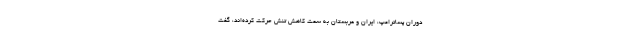
دوران پساترامپ، ایران و عربستان به سمت کاهش تنش حرکت کرده‌اند، گفت